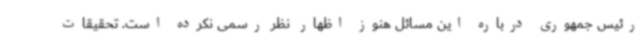
رئیس جمهوری درباره این مسائل هنوز اظهار نظر رسمی نکرده است. تحقیقات